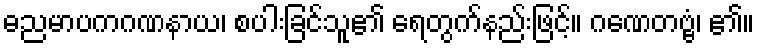
ဓညမာပကဂဏနာယ၊ စပါးခြင်သူ၏ ရေတွက်နည်းဖြင့်။ ဂဏေတဗ္ဗံ၊ ၏။